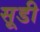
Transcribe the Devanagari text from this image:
सूडी